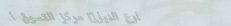
شارع النيل: مركز التسوق ا